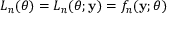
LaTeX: L _ { n } ( \theta ) = L _ { n } ( \theta ; \mathbf { y } ) = f _ { n } ( \mathbf { y } ; \theta )